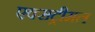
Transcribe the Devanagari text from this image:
एक्सट्रीमल